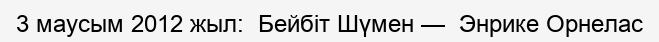
3 маусым 2012 жыл:  Бейбіт Шүмен —  Энрике Орнелас